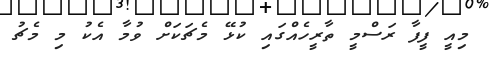
މިއީ ފީފާ ރަސްމީ ތާރީހެއްގައި ކުޅޭ މެޗަކަށް ވުމާ އެކު މި މެޗު